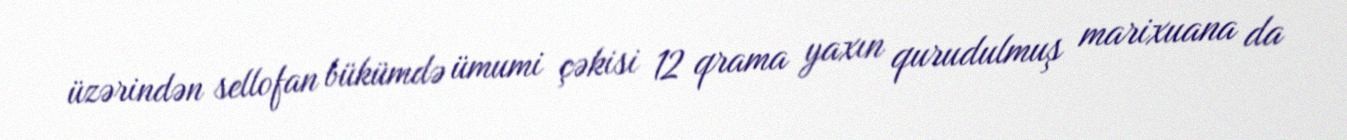
üzərindən sellofan bükümdə ümumi çəkisi 12 qrama yaxın qurudulmuş marixuana da